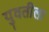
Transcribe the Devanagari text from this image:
युवतीला